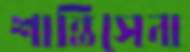
শান্তিসেনা